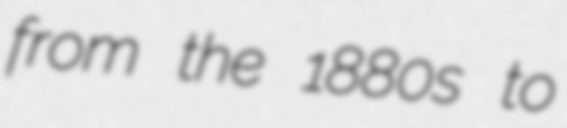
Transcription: from the 1880s to